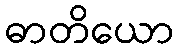
ဓာတိယော